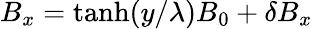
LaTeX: {B_{x}=\operatorname{tanh}(y/\lambda)B_{0}+\delta B_{x}}